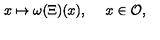
x \mapsto \omega ( \Xi ) ( x ) , \quad \ x \in { \cal O } ,